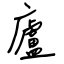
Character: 廬